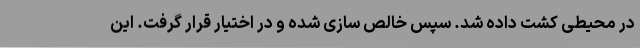
در محیطی کشت داده شد. سپس خالص سازی شده و در اختیار قرار گرفت. این